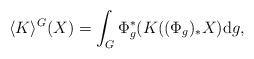
LaTeX: \begin{gather*}\langle K\rangle^{G}(X)=\int_{G}\Phi_{g}^{\ast}(K((\Phi_{g})_{\ast}X)\mathrm{d}g,\end{gather*}